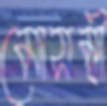
মোসম্বী